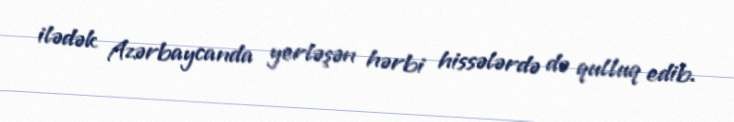
ilədək Azərbaycanda yerləşən hərbi hissələrdə də qulluq edib.